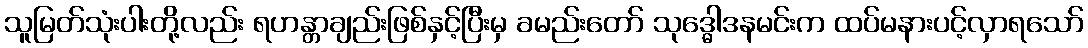
သူမြတ်သုံးပါးတို့လည်း ရဟန္တာချည်းဖြစ်နှင့်ပြီးမှ ခမည်းတော် သုဒ္ဓေါဒနမင်းက ထပ်မနားပင့်လှာရသော်